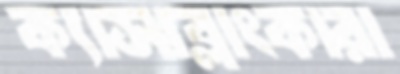
ক্যাসাব্লাংকারা